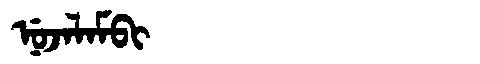
Manchu: ᠨᡠᠵᠠᠯᠠᠮᠪᡳ
Romanization: NUJALAMBI